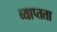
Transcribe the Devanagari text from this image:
व्याप्तता